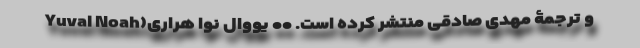
و ترجمۀ مهدی صادقی منتشر کرده است. •• یووال نوا هراری(Yuval Noah